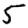
Digit: 5